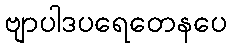
ဗျာပါဒပရေတေနပေ